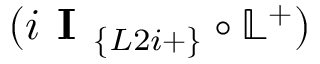
( i \textbf { I } _ { \{ L 2 i + \} } \circ \mathbb { L } ^ { + } )